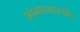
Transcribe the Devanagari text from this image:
आंब्यासारखेच